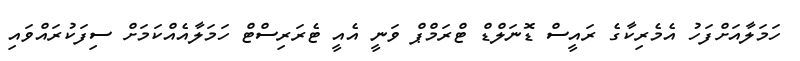
ހަމަލާއަށްފަހު އެމެރިކާގެ ރައީސް ޑޮނަލްޑް ޓްރަމްޕް ވަނީ އެއީ ޓެރަރިސްޓް ހަމަލާއެއްކަމަށް ސިފަކުރައްވައި